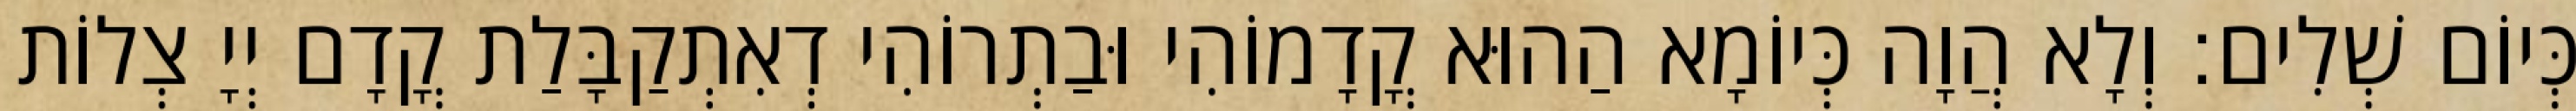
כְּיוֹם שְׁלִים׃ וְלָא הֲוָה כְּיוֹמָא הַהוּא קֳדָמוֹהִי וּבַתְרוֹהִי דְאִתְקַבָּלַת קֳדָם יְיָ צְלוֹת